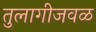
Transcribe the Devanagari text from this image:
तुलागीजवळ